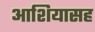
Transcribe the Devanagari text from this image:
आशियासह